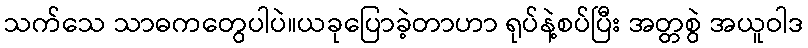
သက်သေ သာဓကတွေပါပဲ။ယခုပြောခဲ့တာဟာ ရုပ်နဲ့စပ်ပြီး အတ္တစွဲ အယူဝါဒ